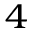
^ { 4 }